Annual report on the Civil Veterinary Department, Burma (including the Insein Veterinary School) - 1923-1931
Year: 1923
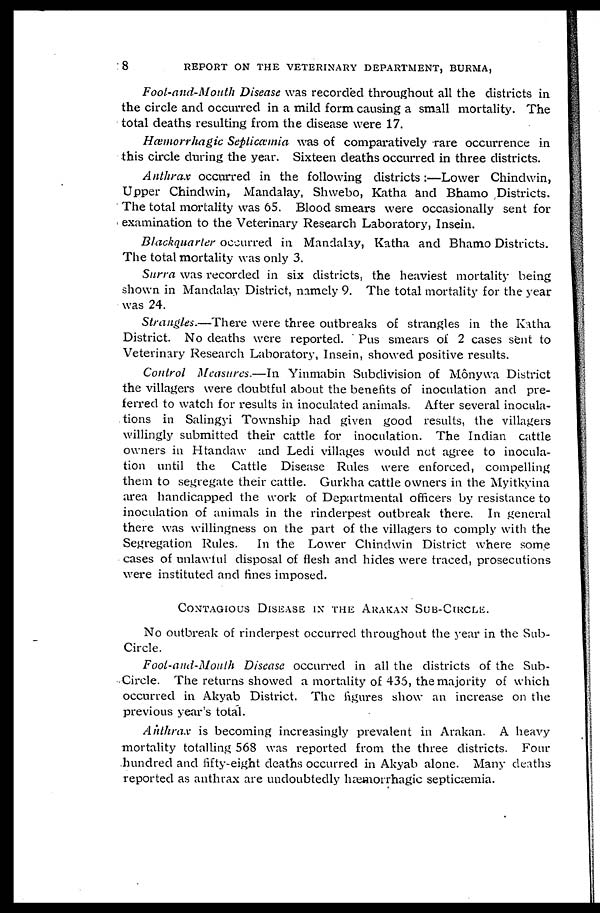
8
REPORT ON THE VETERINARY DEPARTMENT, BURMA,
Foot-and-Mouth Disease was recorded throughout all the districts in
the circle and occurred in a mild form causing a small mortality. The
total deaths resulting from the disease were 17.
Hæmorrhagic Septicæmia was of comparatively rare occurrence in
this circle during the year. Sixteen deaths occurred in three districts.
Anthrax occurred in the following districts:—Lower Chindwin,
Upper Chindwin, Mandalay, Shwebo, Katha and Bhamo Districts.
The total mortality was 65. Blood smears were occasionally sent for
examination to the Veterinary Research Laboratory, Insein.
Blackquarter occurred in Mandalay, Katha and Bhamo Districts.
The total mortality was only 3.
Surra was recorded in six districts, the heaviest mortality being
shown in Mandalay District, namely 9. The total mortality for the year
was 24.
Strangles.—There were three outbreaks of strangles in the Katha
District. No deaths were reported. Pus smears of 2 cases sent to
Veterinary Research Laboratory, Insein, showed positive results.
Control Measures.—In Yinmabin Subdivision of Mônywa District
the villagers were doubtful about the benefits of inoculation and pre-
ferred to watch for results in inoculated animals. After several inocula-
tions in Salingyi Township had given good results, the villagers
willingly submitted their cattle for inoculation. The Indian cattle
owners in Htandaw and Ledi villages would not agree to inocula-
tion until the Cattle Disease Rules were enforced, compelling
them to segregate their cattle. Gurkha cattle owners in the Myitkyina
area handicapped the work of Departmental officers by resistance to
inoculation of animals in the rinderpest outbreak there. In general
there was willingness on the part of the villagers to comply with the
Segregation Rules. In the Lower Chindwin District where some
cases of unlawful disposal of flesh and hides were traced, prosecutions
were instituted and fines imposed.
CONTAGIOUS DISEASES IN THE ARAKAN SUB-CIRCLE..
No outbreak of rinderpest occurred throughout the year in the Sub-
Circle.
Foot-and-Mouth Disease occurred in all the districts of the Sub-
Circle. The returns showed a mortality of 435, the majority of which
occurred in Akyab District. The figures show an increase on the
previous year's total.
Anthrax is becoming increasingly prevalent in Arakan. A heavy
mortality totalling 568 was reported from the three districts. Four
hundred and fifty-eight deaths occurred in Akyab alone. Many deaths
reported as anthrax are undoubtedly hæmorrhagic septicæmia.